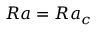
R a = R a _ { c }